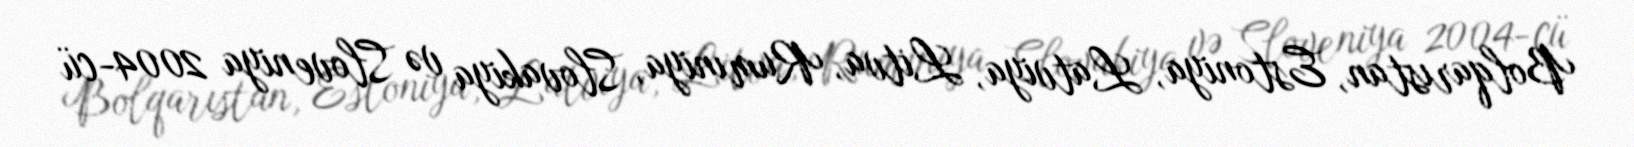
Bolqarıstan, Estoniya, Latviya, Litva, Rumıniya, Slovakiya və Sloveniya 2004-cü